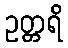
ဥတ္တရိ